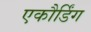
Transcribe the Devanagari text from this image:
एकौर्डिंग